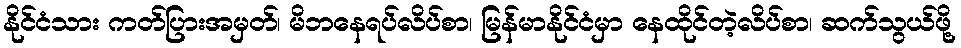
နိုင်ငံသား ကတ်ပြားအမှတ်၊ မိဘနေရပ်လိပ်စာ၊ မြန်မာနိုင်ငံမှာ နေထိုင်တဲ့လိပ်စာ၊ ဆက်သွယ်ဖို့